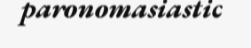
paronomasiastic